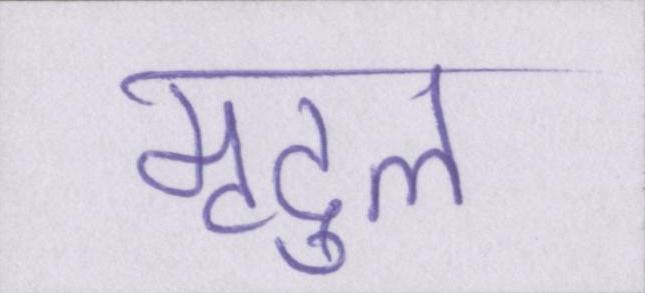
मृदुल